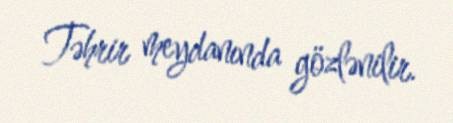
Təhrir meydanında gözlənilir.